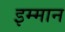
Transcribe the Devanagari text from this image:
इम्मान